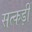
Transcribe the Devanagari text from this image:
सत्कड़ी